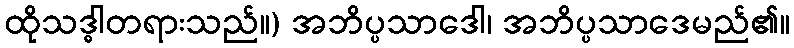
ထိုသဒ္ဓါတရားသည်။) အဘိပ္ပသာဒေါ၊ အဘိပ္ပသာဒေမည်၏။